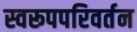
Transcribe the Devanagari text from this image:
स्वरूपपरिवर्तन